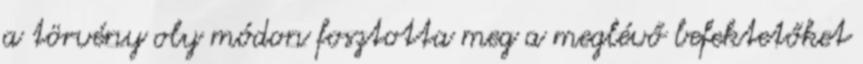
a törvény oly módon fosztotta meg a meglévő befektetőket